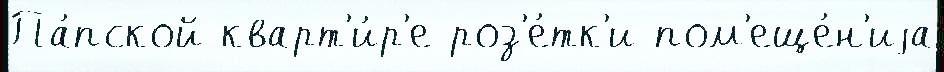
Па́пской кварт'и́р'е роз'е́тк'и пом'еще́н'иjа